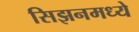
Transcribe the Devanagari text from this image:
सिझनमध्ये